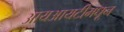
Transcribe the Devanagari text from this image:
आयआयटीमधून